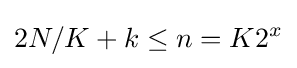
2N/K+k\leq n=K2^{x}